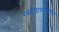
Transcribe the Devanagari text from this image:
रत्नचूडारायचरित